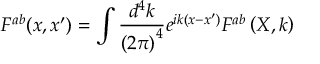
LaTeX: F ^ { a b } ( x , x ^ { \prime } ) = \int \frac { d ^ { 4 } k } { \left( 2 \pi \right) ^ { 4 } } e ^ { i k \left( x - x ^ { \prime } \right) } F ^ { a b } \left( X , k \right)